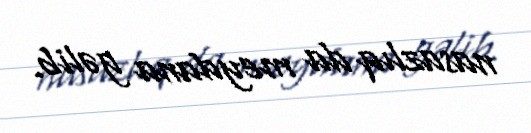
nasazlıq da meydana gəlib.